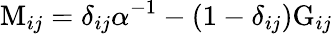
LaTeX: \mathrm{M}_{ij}=\delta_{ij}\alpha^{-1}-(1-\delta_{ij})\mathrm{G}_{ij}